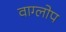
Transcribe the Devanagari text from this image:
वाग्लोप